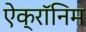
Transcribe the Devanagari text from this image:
ऐक्रॉनिम